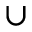
\cup